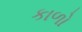
કાળો